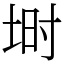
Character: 埘